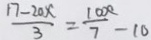
\frac { 1 7 - 2 0 x } { 3 } = \frac { 1 0 0 0 } { 7 } - 1 0